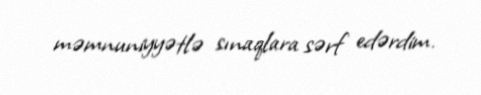
məmnuniyyətlə sınaqlara sərf edərdim.